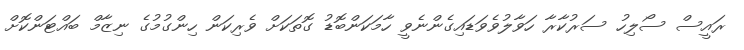
ރައީސް ސޯލިހު ސަރުކާރާ ހަވާލުވެވަޑައިގެންނެވީ ހާމަކަންބޮޑު ގޮތަކަށް ވެރިކަން ހިންގުމުގެ ނިޒާމް ބައްޓަންކޮށް